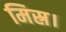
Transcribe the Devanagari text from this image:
मिस्र।